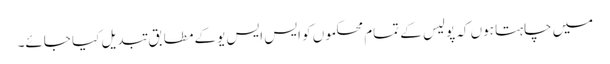
میں چاہتا ہوں کہ پولیس کے تمام محکموں کو ایس ایس یوکے مطابق تبدیل کیا جائے۔